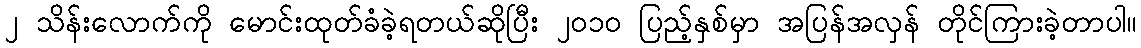
၂ သိန်းလောက်ကို မောင်းထုတ်ခံခဲ့ရတယ်ဆိုပြီး ၂၀၁၀ ပြည့်နှစ်မှာ အပြန်အလှန် တိုင်ကြားခဲ့တာပါ။